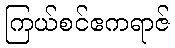
ကြယ်စင်ဧကရာဇ်